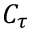
C _ { \tau }